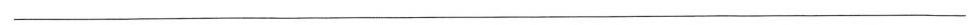
___